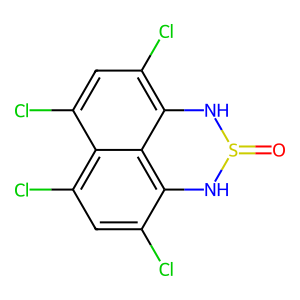
SMILES: O=S1Nc2c(Cl)cc(Cl)c3c(Cl)cc(Cl)c(c23)N1
Inhibits HIV replication: No